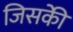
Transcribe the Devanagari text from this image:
जिसकीे